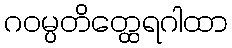
ဂဝမ္ပတိတ္ထေရဂါထာ